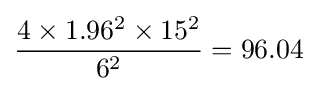
{\frac {4\times 1.96^{2}\times 15^{2}}{6^{2}}}=96.04